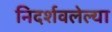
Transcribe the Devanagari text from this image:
निदर्शवलेल्या